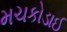
મચકોડાઈ